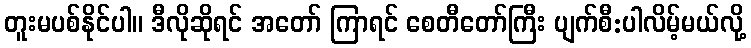
တူးမပစ်နိုင်ပါ။ ဒီလိုဆိုရင် အတော် ကြာရင် စေတီတော်ကြီး ပျက်စီ:ပါလိမ့်မယ်လို့